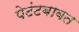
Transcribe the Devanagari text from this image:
पेटंटबाबत